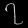
Digit: ၇